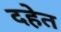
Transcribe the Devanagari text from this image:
दहेत